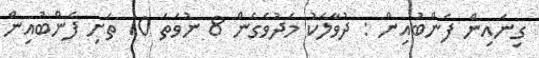
ގިނައިން ފެންބުއިން : ދުވާލަކު މަދުވެގެން 8 ނުވަތަ 10 ތަށި ފެންބުއިން